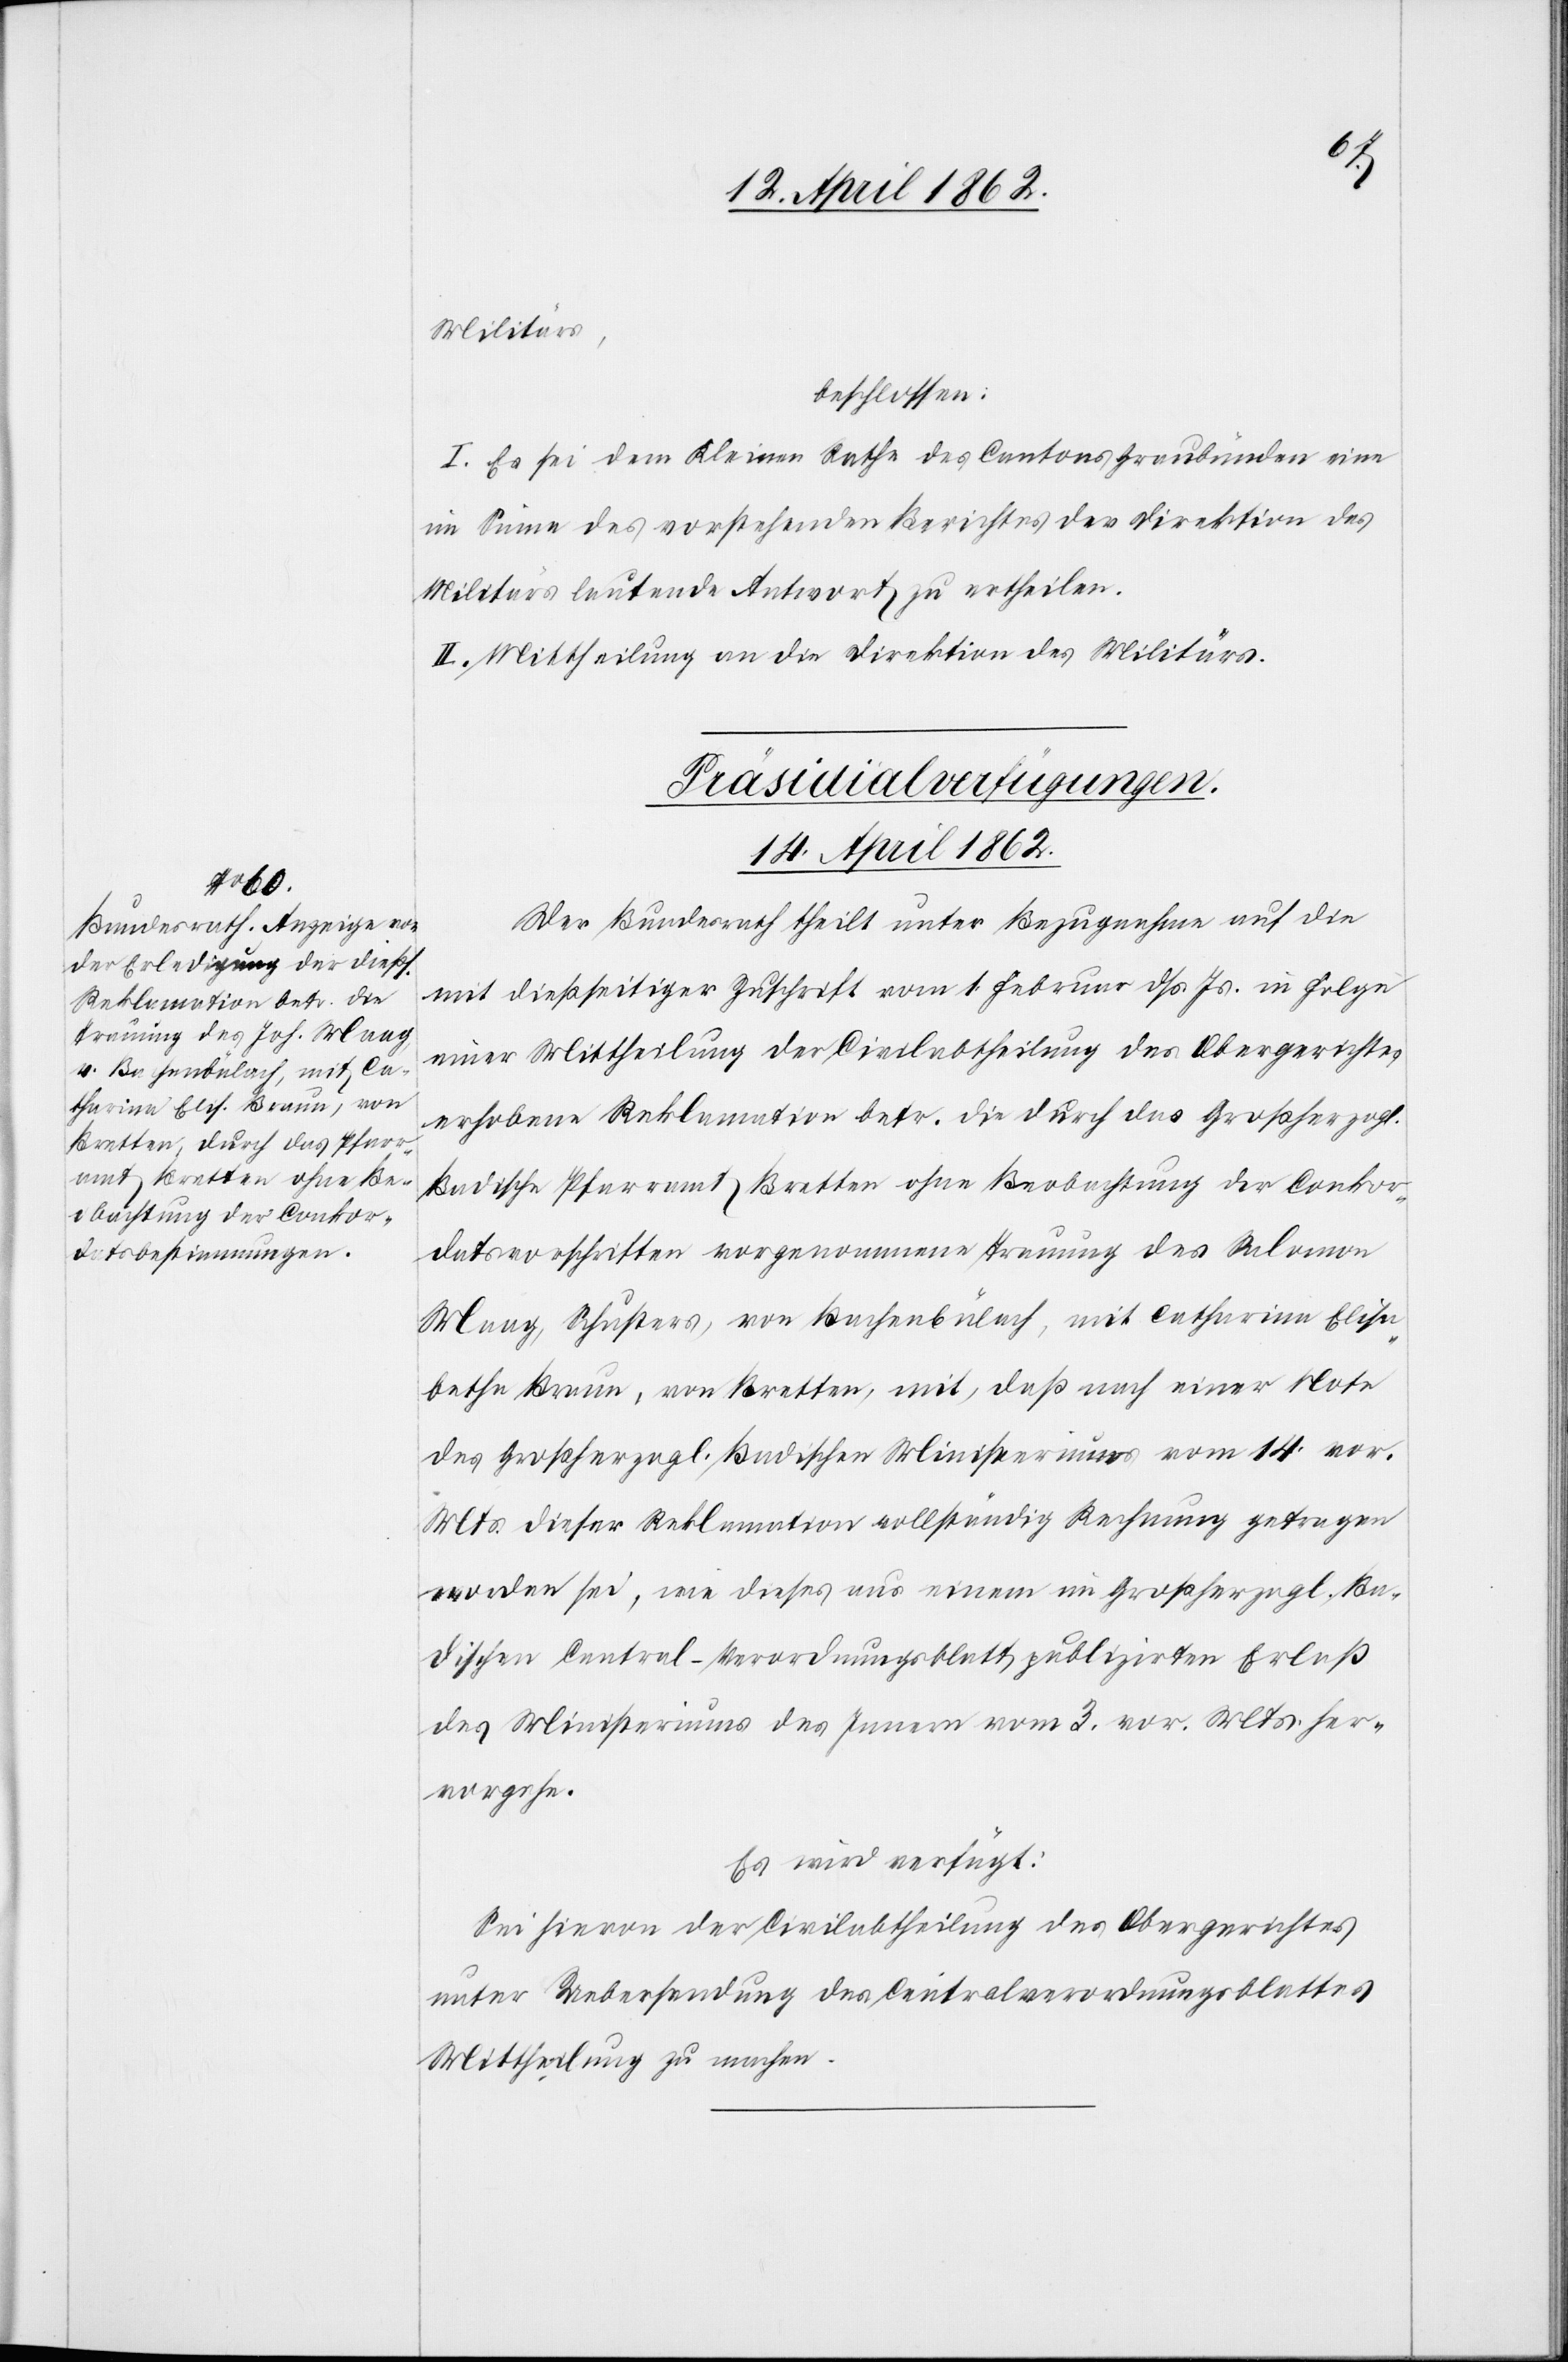
Militär,
beschlossen:
I. Es sei dem Keinen Rathe des Cantons Graubünden eine
im Sinne des vorstehenden Berichtes der Direktion des
Militärs lautende Antwort zu ertheilen.
II. Mittheilung an die Direktion des Militärs.
Präsidialverfügungen.
14. April 1862.
Der Bundesrath theilt unter Bezugnahme auf die
mit dießseitiger Zuschrift vom 1. Februar dß. Js. in Folge
einer Mittheilung der Civilabtheilung des Obergerichtes
erhobene Reklamation betr. die durch das Großherzogl.
Badische Pfarramt Bretten ohne Beobachtung der Conkor¬
datsvorschriften vorgenommene Trauung des Salomon
Maag, Schusters, von Bachenbülach, mit Catharina Elisa¬
betha Braun, von Bretten, mit, daß nach einer Note
des Großherzogl. Badischen Ministeriums vom 14. vor.
Mts. dieser Reklamation vollständig Rechnung getragen
worden sei, wie dieses aus einem im Großherzogl. Ba¬
dischen Central-Verordnungsblatt publizirten Erlaß
des Ministeriums des Innern vom 3. vor. Mts. her¬
vorgehe.
Es wird verfügt:
Sei hievon der Civilabtheilung des Obergerichtes
unter Uebersendung des Centralverordnungsblattes
Mittheilung zu machen.